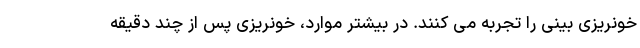
خونریزی بینی را تجربه می کنند. در بیشتر موارد، خونریزی پس از چند دقیقه